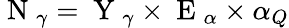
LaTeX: \mathrm{~N~}_{\gamma}=\mathrm{~Y~}_{\gamma}\times\mathrm{~E~}_{\alpha}\times\alpha_{Q}